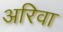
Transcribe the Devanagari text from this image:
अरिवा